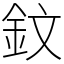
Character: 鈫